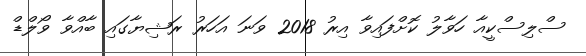
ސްލިސްކީއާ ހަވާލު ކޮށްފައިވާ އިރު 2018 ވަނަ އަހަރު ރަޝިޔާގައި ބާއްވާ ވޯލްޑް